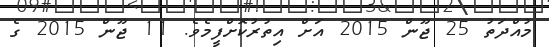
މުއްދަތު 25 ޖޫން 2015 އަށް އިތުރުކޮށްފީމެވެ. 11 ޖޫން 2015 ގެ